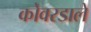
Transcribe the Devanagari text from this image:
कोवरडाले